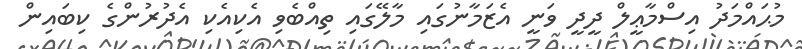
މުޙައްމަދު އިސްމާޢީލް ދީދީ ވަނީ އެޒަމާނުގައި މާލޭގައި ތިއްބެވި އެކިއެކި އެދުރުންގެ ކިބައިން